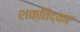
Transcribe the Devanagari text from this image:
शक्तिद्वार